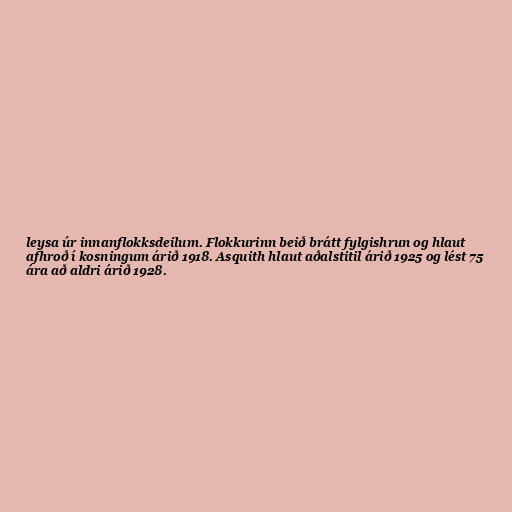
leysa úr innanflokksdeilum. Flokkurinn beið brátt fylgishrun og hlaut
afhroð í kosningum árið 1918. Asquith hlaut aðalstitil árið 1925 og lést 75
ára að aldri árið 1928.